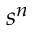
s ^ { n }